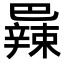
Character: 𫶼